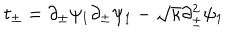
LaTeX: t _ { \pm } = \partial _ { \pm } \psi _ { 1 } \partial _ { \pm } \psi _ { 1 } - \sqrt { \kappa } \partial _ { \pm } ^ { 2 } \psi _ { 1 }